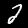
Digit: 2